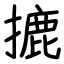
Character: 摝